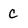
Character: c